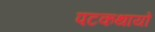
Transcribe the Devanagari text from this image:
पटकथायों